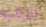
للرئاسة